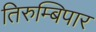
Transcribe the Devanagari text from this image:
तिरुम्बिपार